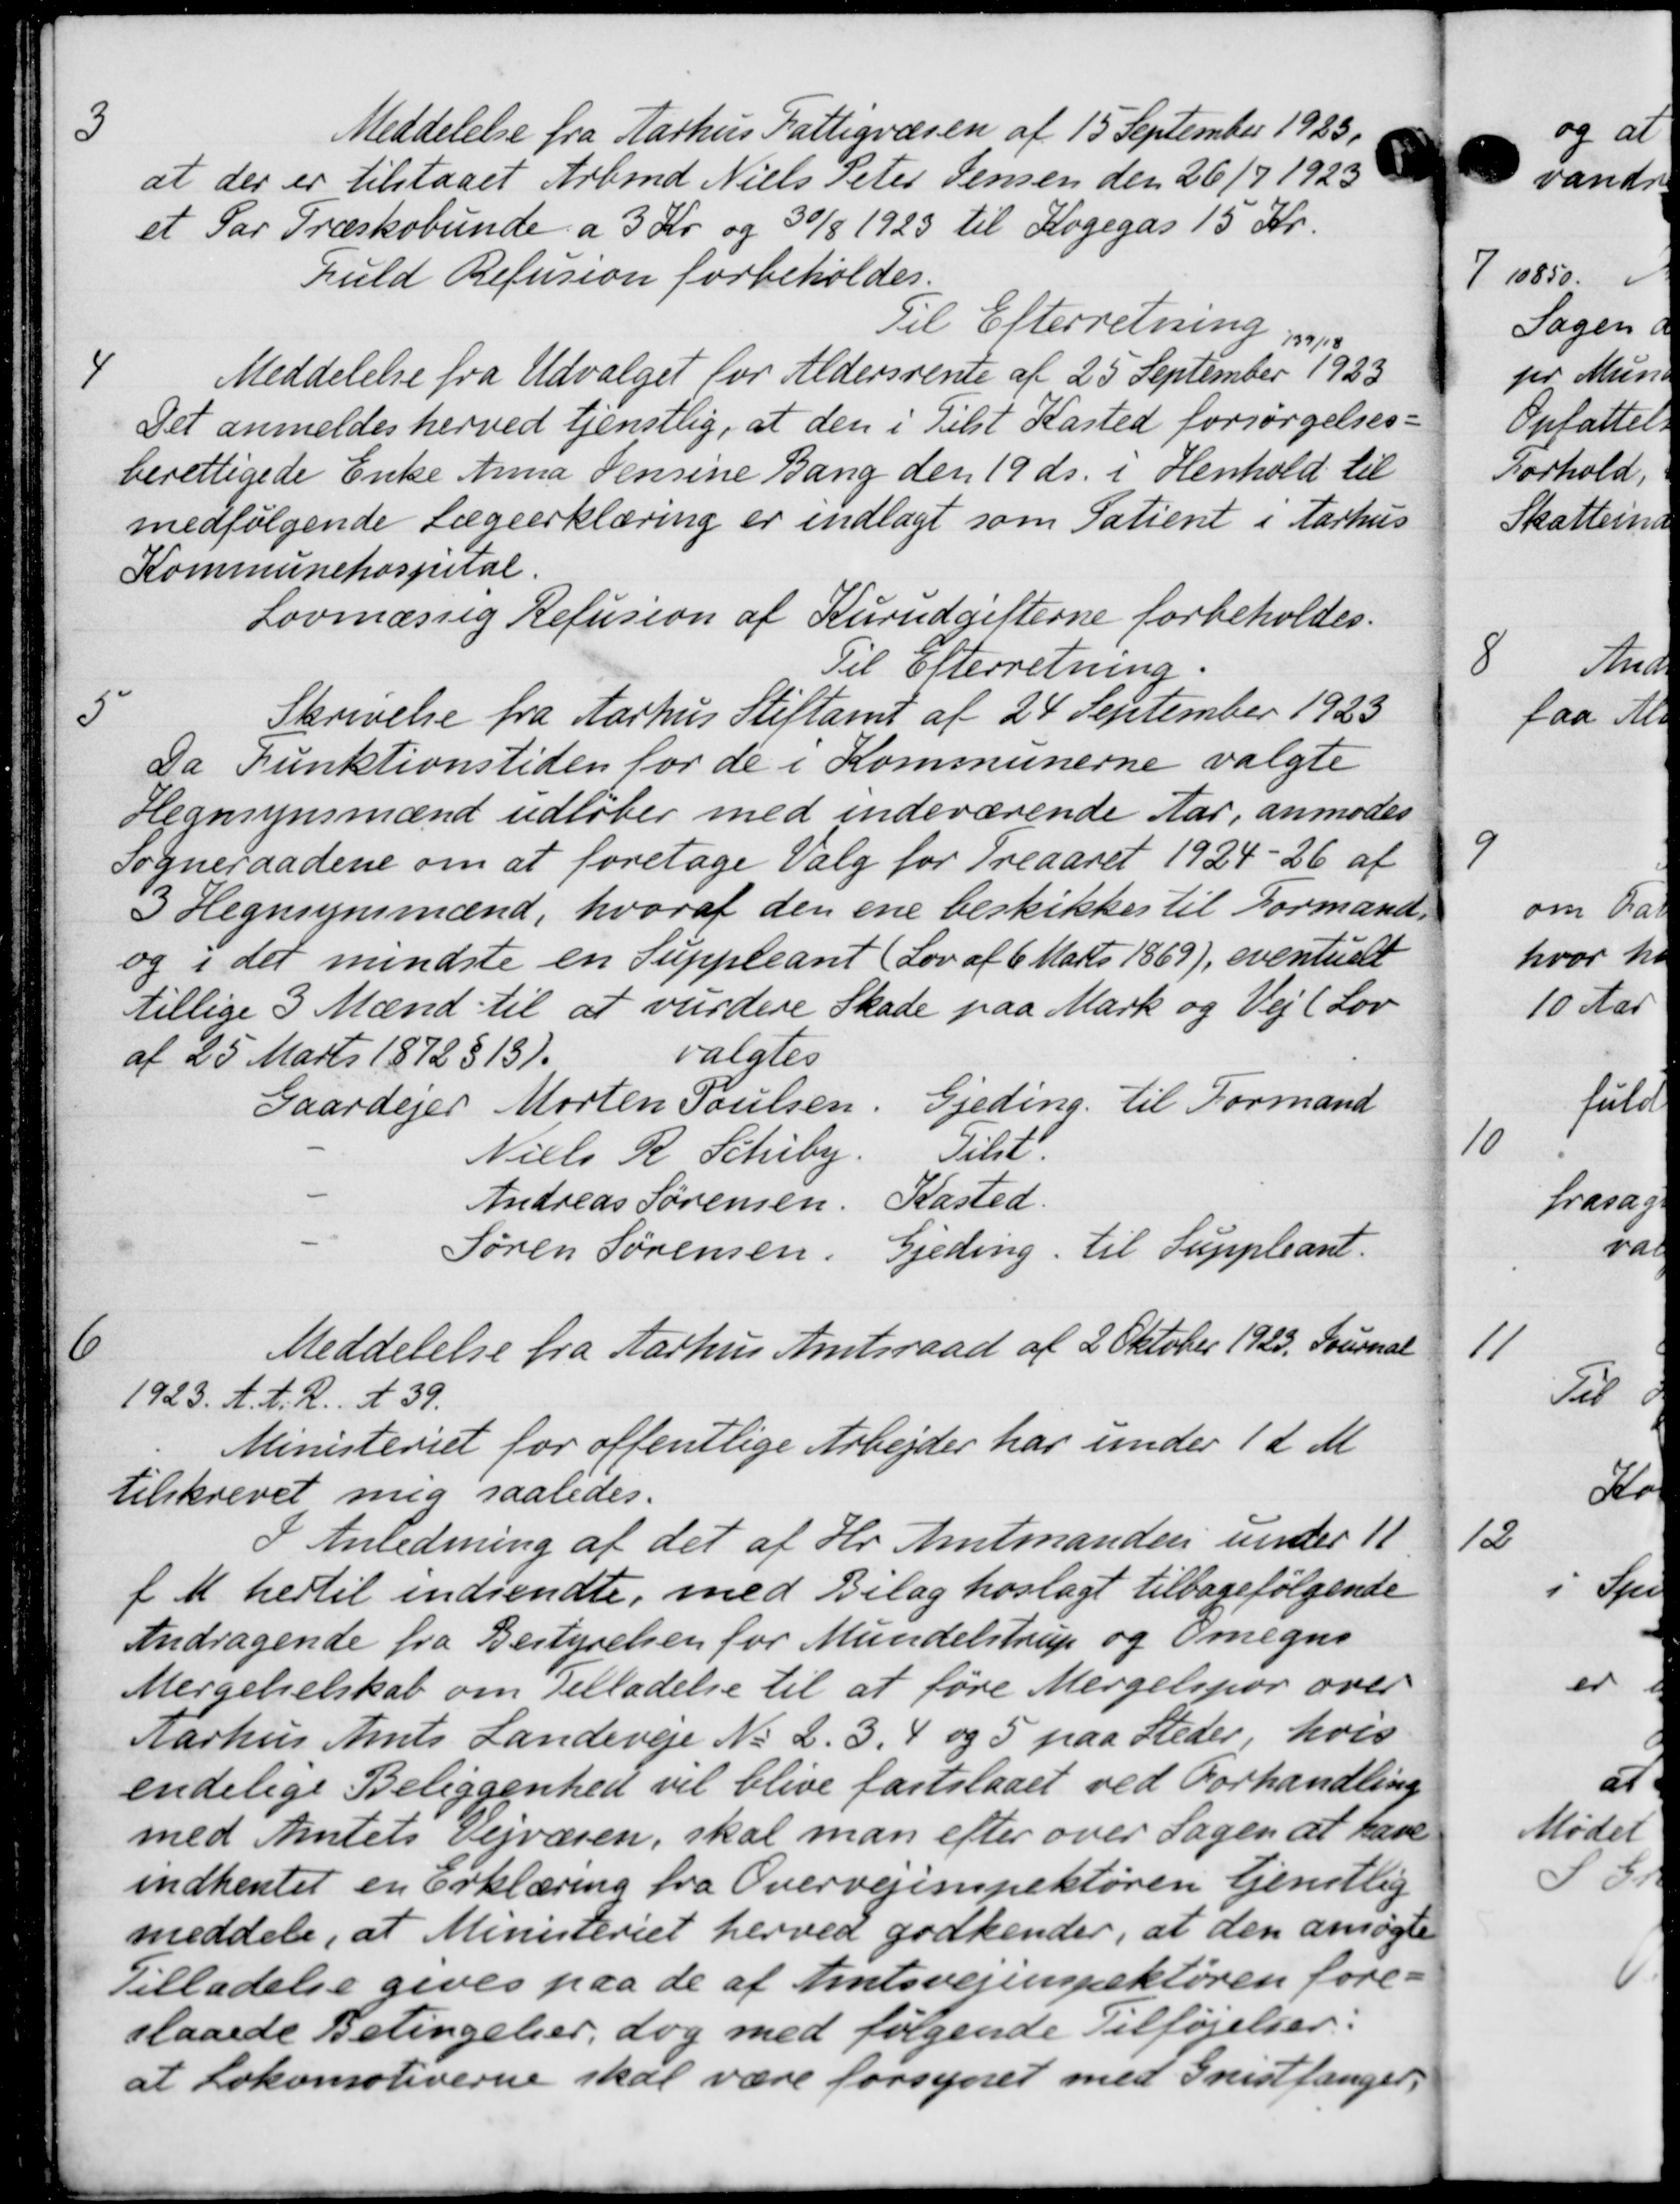
Transskription:
3
Meddelelse fra Aarhus Fattigvæsen af 15 September 1923.
at der er tilstaaet Arbmd Niels Peter Jensen den 26/7 1923
et Par Træskobunde a 3 Kr. og 30/8 1923 til Kogegas 15 Kr.
Fuld Refusion forbeholdes.
Til Efterretning
4
Meddelelse fra Udvalget for Aldersrente af 25 September 1923
Det anmeldes herved tjenstlig, at den i Tilst Kasted forsørgelses-
berettigede Enke Anna Jensine Bang den 19 ds. i Henhold til
medfølgende Lægeerklæring er indlagt som Patient i Aarhus
Kommunehospital.
Lovmæssig Refusion af Kurudgifterne forbeholdes.
Til Efterretning.
5
Skrivelse fra Aarhus Stiftamt af 24 September 1923
Da Funktionstiden for de i Kommunerne valgte
Hegnsynsmænd udløber med indeværende Aar, anmodes
Sogneraadene om at foretage Valg for Treaaret 1924-26 af
3 Hegnsynsmænd, hvoraf den ene beskikkes til Formand
og i det mindste en Suppleant (Lov af 6 Marts 1869), eventuelt
tillige 3 Mænd til at vurdere Skade paa Mark og Vej (Lov
af 25 Marts 1872 § 13).
valgtes
Gaardejer Morten Poulsen
Gjeding til Formand
Niels R. Schiby.
Tilst.
Andreas Sørensen.
Kasted.
Søren Sørensen.
Gjeding. til Suppleant.
6
Meddelelse fra Aarhus Amtsraad af 2 Oktober 1923. Journal
1923. A. A. R. A 39.
Ministeriet for offentlige Arbejder har under 1 d. M.
tilskrevet mig saaledes.
I Anledning af det af Hr. Amtmanden under 11.
f. M. hertil indsendte, med Bilag hoslagt tilbagefølgende
Andragende fra Bestyrelsen for Mundelstrup og Omegns
Mergelselskab om Tilladelse til at føre Mergelspor over
Aarhus Amts Landeveje No 2. 3. 4 og 5 paa Steder, hvis
endelige Beliggenhed vil blive fastslaaet ved Forhandling
med Amtets vejvæsen, skal man efter over Sagen at have
indhentet en Erklæring fra Overvejinspektøren tjenstlig
meddele, at Ministeriet herved godkender, at den ansøgte
Tilladelse gives paa de af Amtsvejinspektøren fore-
slaaede Betingelser, dog med følgende Tilføjelser:
at Lokomotiverne skal være forsynet med Grustlanger: